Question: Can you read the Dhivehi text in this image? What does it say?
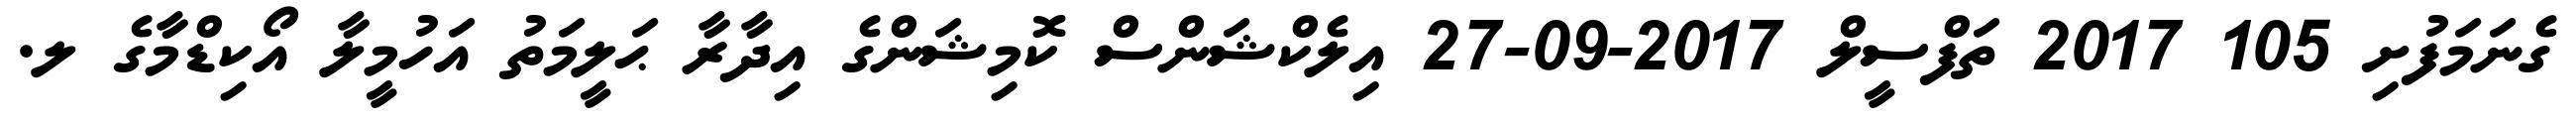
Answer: ގެނަމަފުށި 105 2017 ތަފްސީލް 2017-09-27 އިލެކްޝަންސް ކޮމިޝަންގެ އިދާރާ ޙަލީމަތު އަހުމީލާ އޯކިޑްމާގެ ލ.